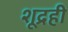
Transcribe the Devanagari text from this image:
शूद्रही